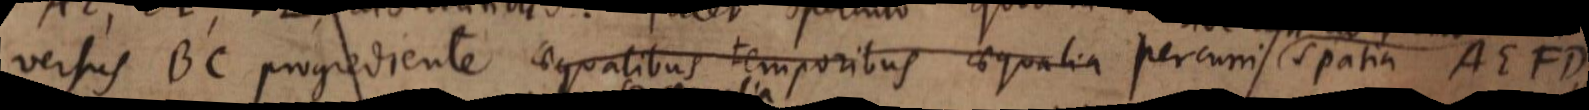
versus BC progrediente aequalibus temporibus aequalia percurri spatia AEFD